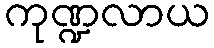
ကုဏ္ဍလာယ